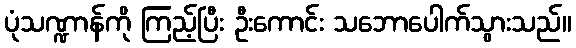
ပုံသဏ္ဍာန်ကို ကြည့်ပြီး ဦးကောင်း သဘောပေါက်သွားသည်။